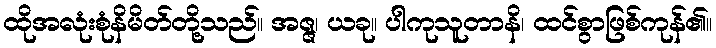
ထိုအလုံးစုံနိမိတ်တို့သည်။ အဇ္ဇ၊ ယခု။ ပါကုသူတာနိ၊ ထင်စွာဖြစ်ကုန်၏။